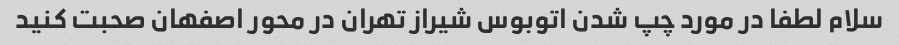
سلام لطفا در مورد چپ شدن اتوبوس شیراز تهران در محور اصفهان صحبت کنید